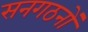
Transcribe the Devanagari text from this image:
सनगठनों